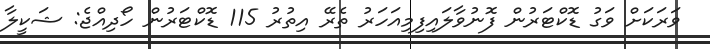
ވަރަކަށް ވަގު ޑޮކްޓަރުން ފޮނުވާލައިފިމިއަހަރު ތެރޭ އިތުރު 115 ޑޮކްޓަރުން ހޯދިއްޖެ: ޝަކީލާ